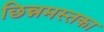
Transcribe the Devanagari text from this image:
छिन्नमस्तका